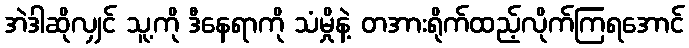
အဲဒါဆိုလျှင် သူ့ကို ဒီနေရာကို သံမှိုနဲ့ တအားရိုက်ထည့်လိုက်ကြရအောင်